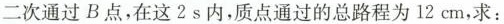
二次通过B点，在这2s内，质点通过的总路程为12cm，求：